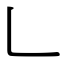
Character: ㇄